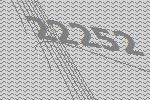
22252